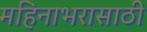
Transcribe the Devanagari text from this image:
महिनाभरासाठी